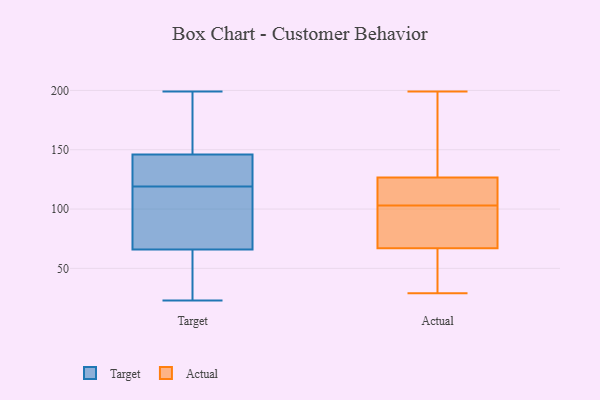
{"axis": {"x": "Satisfaction Score", "y": "Value"}, "legend": ["Actual", "Target"], "data": [{"x": "", "y": 75, "type": "Target"}, {"x": "", "y": 131, "type": "Target"}, {"x": "", "y": 38, "type": "Target"}, {"x": "", "y": 69, "type": "Target"}, {"x": "", "y": 63, "type": "Target"}, {"x": "", "y": 145, "type": "Target"}, {"x": "", "y": 147, "type": "Target"}, {"x": "", "y": 109, "type": "Target"}, {"x": "", "y": 129, "type": "Target"}, {"x": "", "y": 180, "type": "Target"}, {"x": "", "y": 199, "type": "Target"}, {"x": "", "y": 23, "type": "Target"}, {"x": "", "y": 142, "type": "Actual"}, {"x": "", "y": 136, "type": "Actual"}, {"x": "", "y": 50, "type": "Actual"}, {"x": "", "y": 67, "type": "Actual"}, {"x": "", "y": 81, "type": "Actual"}, {"x": "", "y": 69, "type": "Actual"}, {"x": "", "y": 199, "type": "Actual"}, {"x": "", "y": 117, "type": "Actual"}, {"x": "", "y": 104, "type": "Actual"}, {"x": "", "y": 102, "type": "Actual"}, {"x": "", "y": 61, "type": "Actual"}, {"x": "", "y": 29, "type": "Actual"}, {"x": "", "y": 91, "type": "Actual"}, {"x": "", "y": 32, "type": "Actual"}, {"x": "", "y": 67, "type": "Actual"}, {"x": "", "y": 148, "type": "Actual"}, {"x": "", "y": 105, "type": "Actual"}, {"x": "", "y": 193, "type": "Actual"}, {"x": "", "y": 105, "type": "Actual"}, {"x": "", "y": 117, "type": "Actual"}]}